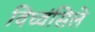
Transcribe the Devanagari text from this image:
विध्वंसिले